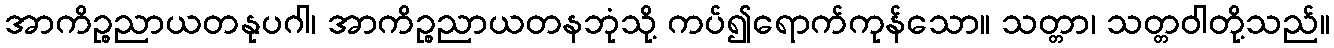
အာကိဉ္စညာယတနုပဂါ၊ အာကိဉ္စညာယတနဘုံသို့ ကပ်၍ရောက်ကုန်သော။ သတ္တာ၊ သတ္တဝါတို့သည်။